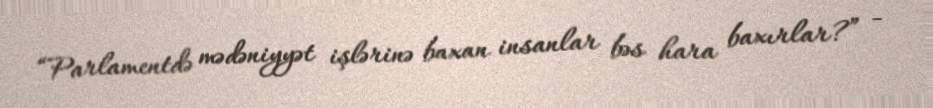
“Parlamentdə mədəniyyət işlərinə baxan insanlar bəs hara baxırlar?” -